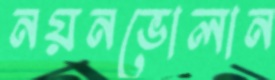
নয়নভোলান